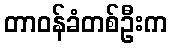
တာဝန်ခံတစ်ဦးက